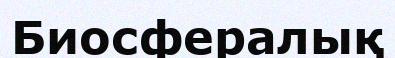
Биосфералық